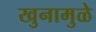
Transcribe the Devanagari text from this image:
खुनामुळे